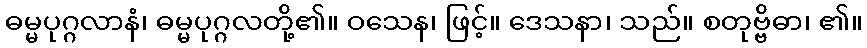
ဓမ္မပုဂ္ဂလာနံ၊ ဓမ္မပုဂ္ဂလတို့၏။ ဝသေန၊ ဖြင့်။ ဒေသနာ၊ သည်။ စတုဗ္ဗိဓာ၊ ၏။